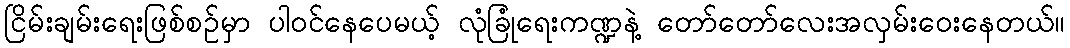
ငြိမ်းချမ်းရေးဖြစ်စဉ်မှာ ပါဝင်နေပေမယ့် လုံခြုံရေးကဏ္ဍနဲ့ တော်တော်လေးအလှမ်းဝေးနေတယ်။